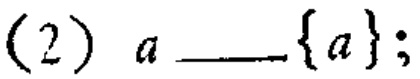
(2) \(a\) \_\_\_ \(\{a\}\);